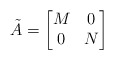
\begin{align*}\tilde A=\begin{bmatrix}M&0\\0&N\end{bmatrix}\end{align*}